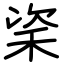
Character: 秶